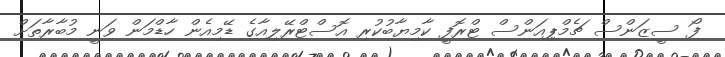
ފޯ ސީޒަންސް ޗެމްޕިއަންސް ޓްރޮފީ ކާމިޔާބުކުރި އޮސްޓްރޭލިއާގެ ޑޭމިއެން ހާޑްމަން ވަނީ މުބާރާތަށް